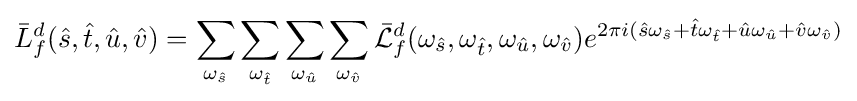
{\bar {L}}_{f}^{d}({\hat {s}},{\hat {t}},{\hat {u}},{\hat {v}})=\sum _{\omega _{\hat {s}}}\sum _{\omega _{\hat {t}}}\sum _{\omega _{\hat {u}}}\sum _{\omega _{\hat {v}}}{\mathcal {\bar {L}}}_{f}^{d}(\omega _{\hat {s}},\omega _{\hat {t}},\omega _{\hat {u}},\omega _{\hat {v}})e^{2\pi i({\hat {s}}\omega _{\hat {s}}+{\hat {t}}\omega _{\hat {t}}+{\hat {u}}\omega _{\hat {u}}+{\hat {v}}\omega _{\hat {v}})}